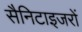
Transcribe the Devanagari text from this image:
सैनिटाइजरों